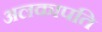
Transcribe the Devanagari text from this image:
अलकापति